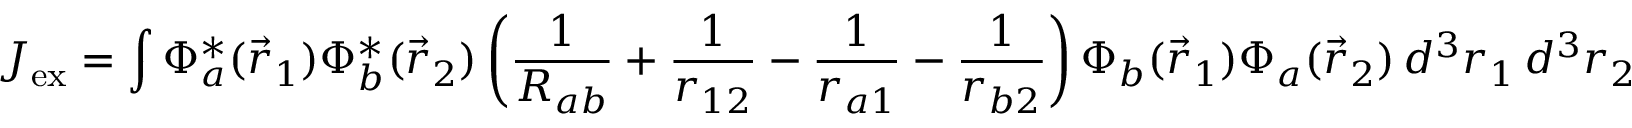
J _ { \mathrm { { e x } } } = \int \Phi _ { a } ^ { * } ( { \vec { r } } _ { 1 } ) \Phi _ { b } ^ { * } ( { \vec { r } } _ { 2 } ) \left( { \frac { 1 } { R _ { a b } } } + { \frac { 1 } { r _ { 1 2 } } } - { \frac { 1 } { r _ { a 1 } } } - { \frac { 1 } { r _ { b 2 } } } \right) \Phi _ { b } ( { \vec { r } } _ { 1 } ) \Phi _ { a } ( { \vec { r } } _ { 2 } ) \, d ^ { 3 } r _ { 1 } \, d ^ { 3 } r _ { 2 }